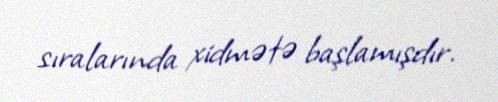
sıralarında xidmətə başlamışdır.